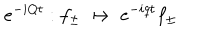
e ^ { - i Q t } : f _ { \pm } \; \mapsto \; e ^ { - i q t } f _ { \pm }